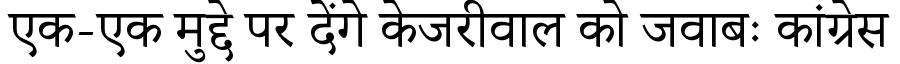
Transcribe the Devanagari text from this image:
एक-एक मुद्दे पर देंगे केजरीवाल को जवाबः कांग्रेस